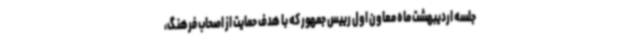
جلسه اردیبهشت ماه معاون اول رییس جمهور که با هدف حمایت از اصحاب فرهنگ،